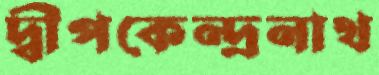
দ্বীপকেন্দ্রনাথ